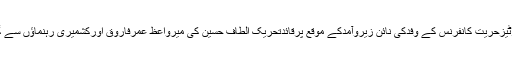
آل پارٹیزحریت کانفرنس کے وفدکی نائن زیروآمدکے موقع پرقائدتحریک الطاف حسین کی میرواعظ عمرفاروق اورکشمیری رہنماؤں سے گفتگو۔